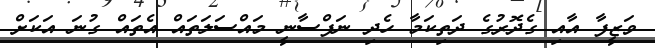
ވަޒީފާ އާއި ގެދޮރުގެ ދަތިކަމާ ހެދި ނަފްސާނީ މައްސަލަތައް އެތައް ގުނަ އަކަށް